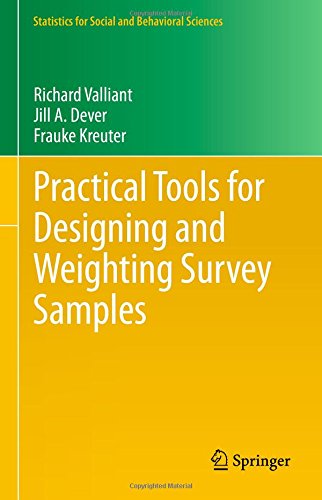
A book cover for Practical Tools for Designing and Weighting Survey Samples (Statistics for Social and Behavioral Sciences); Richard Valliant; Medical Books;